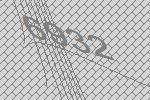
6932